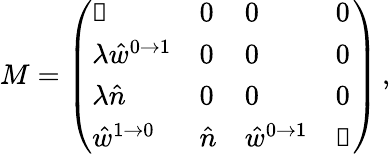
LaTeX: M=\left(\begin{array}{llll}{\mathbb{1}}&{0}&{0}&{0}\\ {\lambda\hat{w}^{0\to 1}}&{0}&{0}&{0}\\ {\lambda\hat{n}}&{0}&{0}&{0}\\ {\hat{w}^{1\to 0}}&{\hat{n}}&{\hat{w}^{0\to 1}}&{\mathbb{1}}\end{array}\right)\, ,